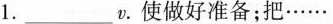
1.________v。使做好准备；把……